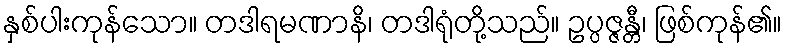
နှစ်ပါးကုန်သော။ တဒါရမဏာနိ၊ တဒါရုံတို့သည်။ ဥပ္ပဇ္ဇန္တီ၊ ဖြစ်ကုန်၏။